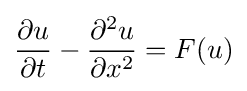
{\frac {\partial u}{\partial t}}-{\frac {\partial ^{2}u}{\partial x^{2}}}=F(u)